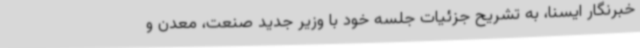
خبرنگار ایسنا، به تشریح جزئیات جلسه خود با وزیر جدید صنعت، معدن و